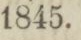
1845.